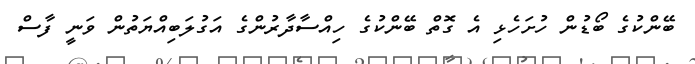
ބޭންކުގެ ބޯޑުން ހުށަހެޅި އެ ގޮތް ބޭންކުގެ ހިއްސާދާރުންގެ އަގުލަބިއްޔަތުން ވަނީ ފާސް